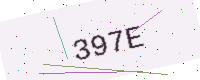
Text: 397E